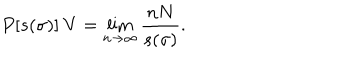
LaTeX: P [ s ( \sigma ) ] ~ { V } = \lim _ { n \to \infty } \frac { n N } { s ( \sigma ) } .